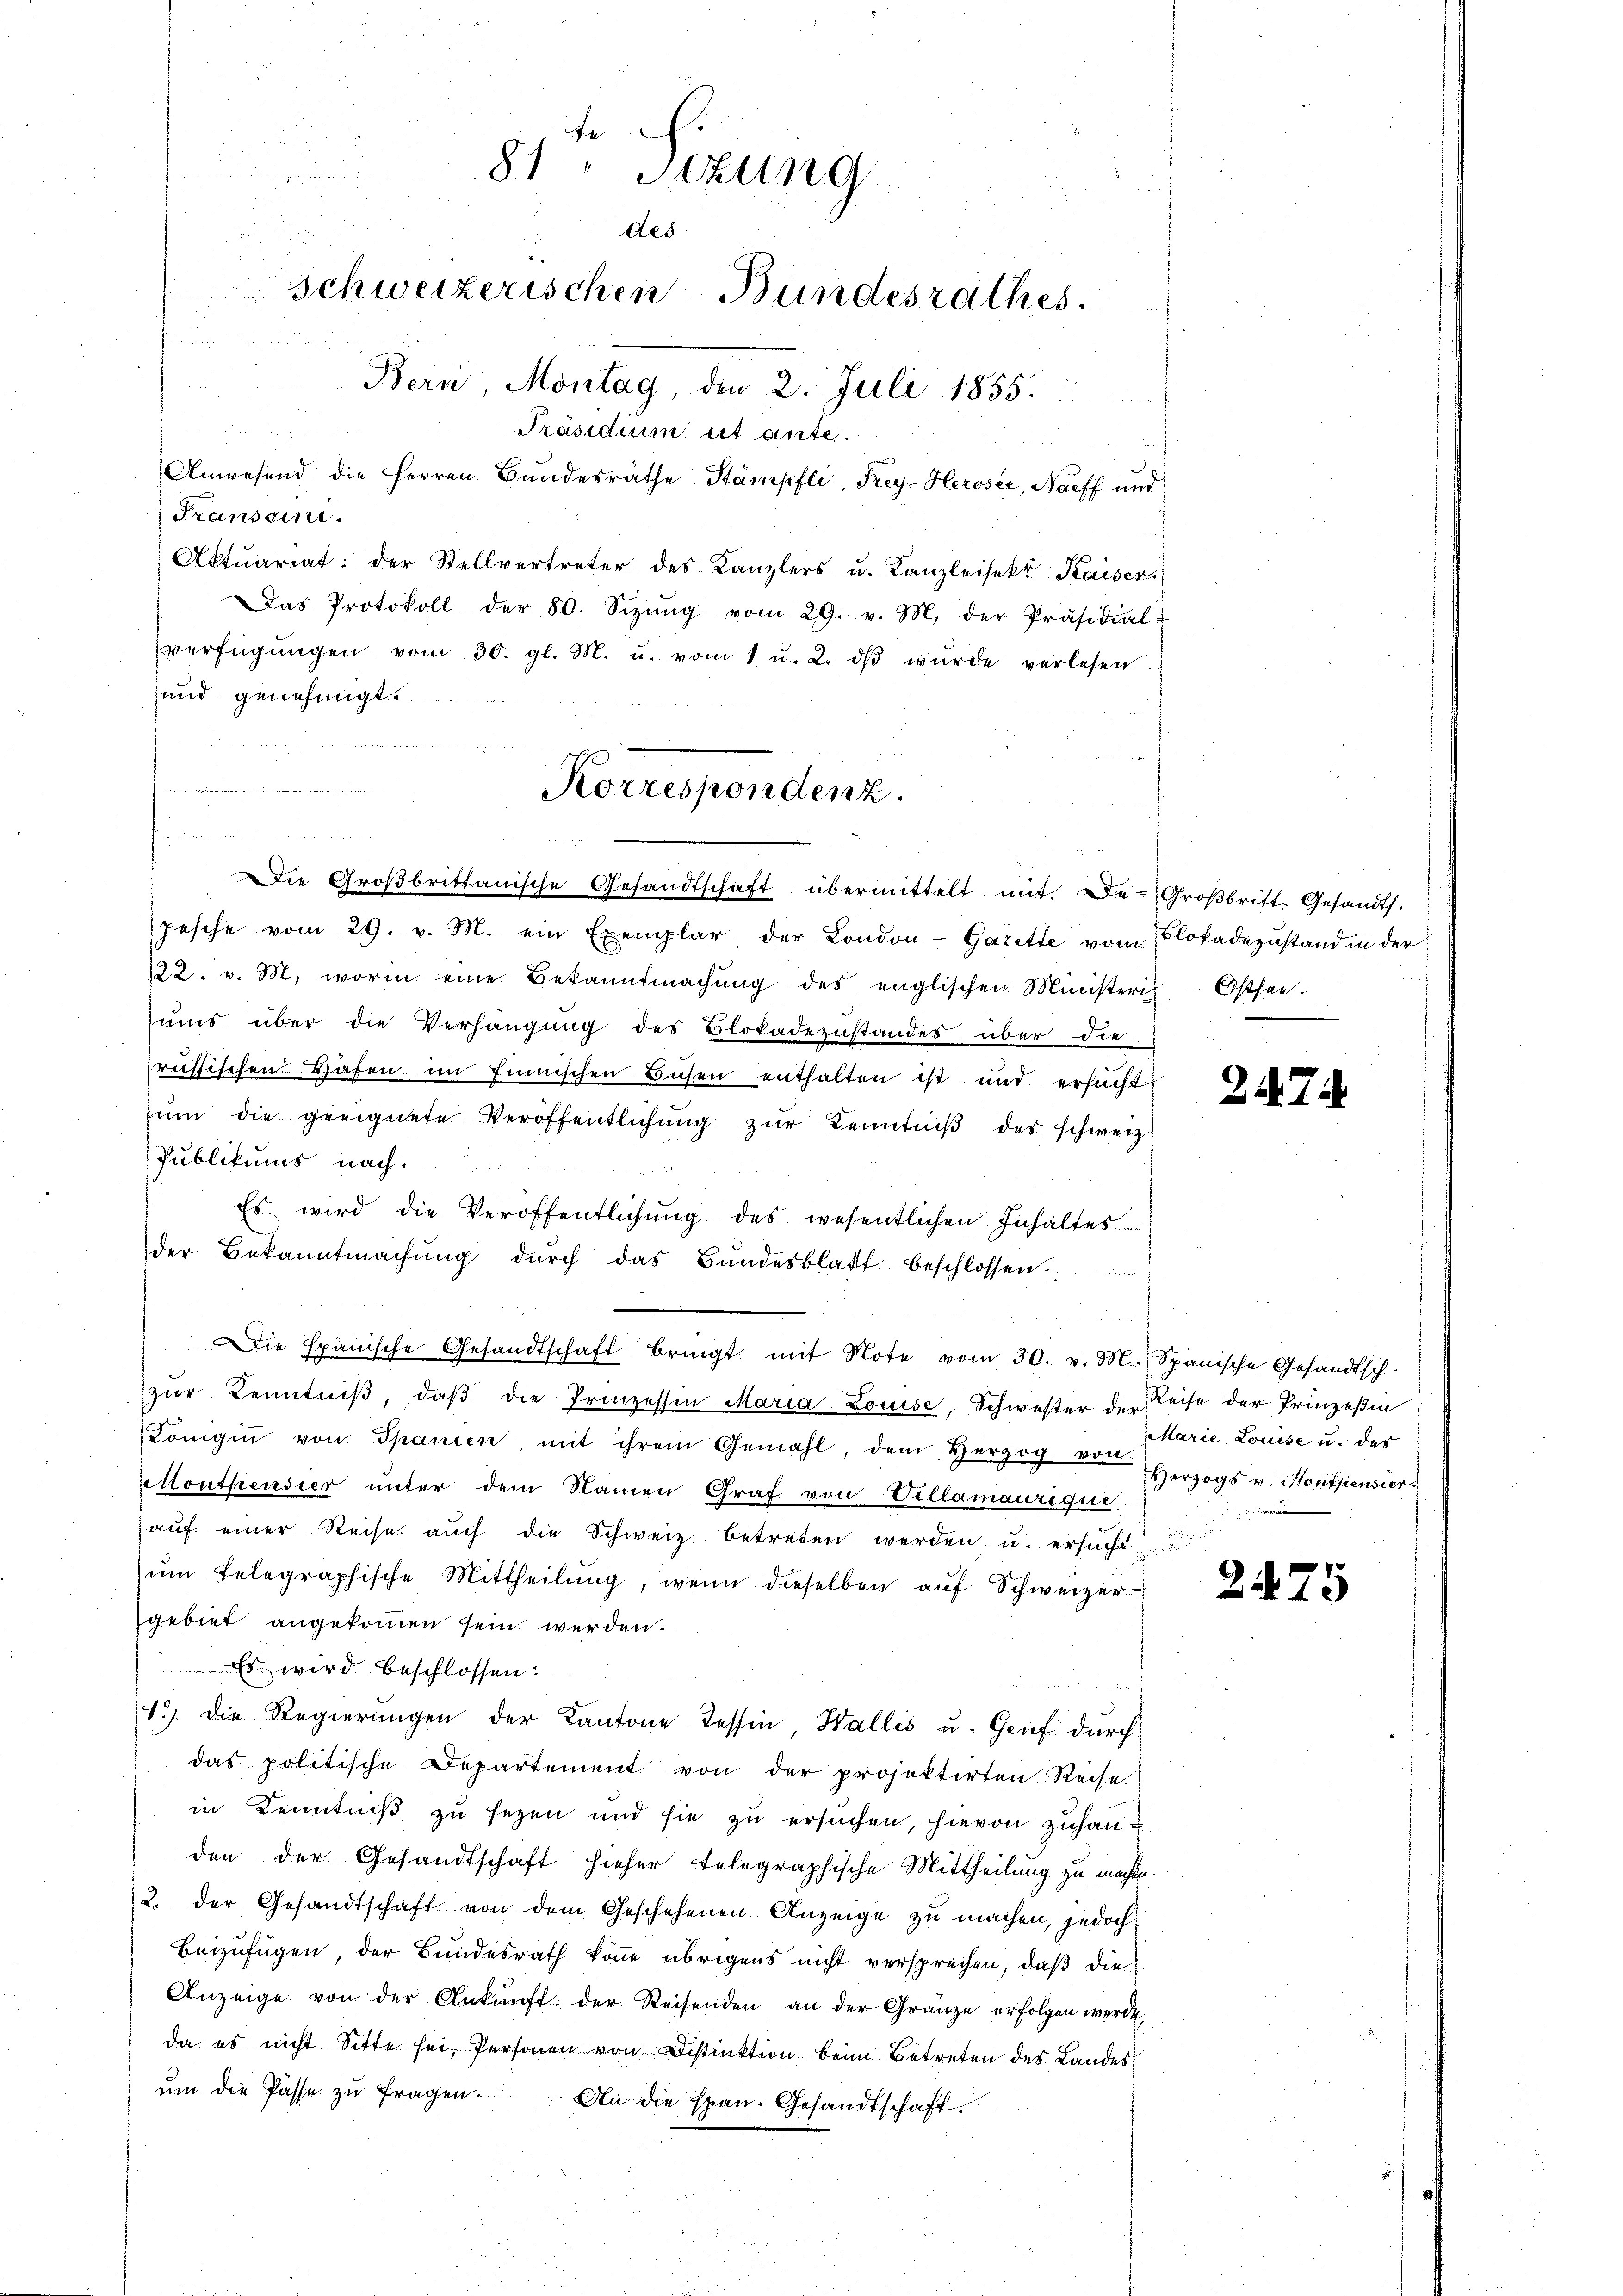
te
81 " Stzung
des
Schweizerischen Bundesrathes.
Bern, Montag, den 2. Juli 1855.
Präsidium et ante.
Anwesend die Herren Bundesräthe Stämpfli, Frey-Herosee, Naeff und

uund
Franseine
Aktuariat: der Stellvertreter des Kanzlers u. Kanzleisekt Kaiser
Das Protokoll der 80. Sizŭng vom 29. v. M. der Präsidial-
verfügŭngen vom 30. gl. M. u. vom 1 u. 2. dβ wŭrde verlesen
und genehmigt.

Korrespondenz.

Die Großbrittanische Gesandtschaft übermittelt mit. Der Großbritt, Gesandts.
pesche vom 29. v. M. ein Exemplar der London-Gazette vom
/22. v. M. worin eine Bekanntmachŭng des englischen Ministeris Ostsee
sums über die Verhängung des Blokadezustandes über die
russischen Hafen im Finnischen Busen enthalten ist und ersucht
zum die geeignete Veröffentlichung zur Kenntniß des schweiz.
Publikums nach:
Es wird die Veröffentlichŭng des wesentlichen Inhaltes
der Bekanntmachŭng dŭrch das Bŭndesblatt beschlossen.
Die Spanische Gesandtschaft bringt mit Note vom 30. v. M. Spanische Gesandtsch-
zŭr Kenntniß, daβ die Prinzessin Maria Louise, Schwester der Reise der Prinzeßin
Konigin von Spanien mit ihrem Gemahl, dem Herzog von
Monthensier unter dem Namen Graf von Villamaurigur.
auf einer Reise auch die Schweiz betreten werden u. ersucht-
ŭm telegraphische Mittheilŭng, wenn dieselben aŭf Schweizer-
gebiet angekommen sein werden.
s wird beschlossen:
1.) Die Regierŭngen der Kantone Tessin, Wallis u. Genf durch
das politische Departement von der projektirten Reise
in Kenntniß zu sezen und sie zu ersuchen, hievon zuhanden der Gesandtschaft hieher telegraphische Mittheilung zu machten.
2. der Gesandtschaft von dem Geschehenen Anzeige zu machen, jedoch
Beizufügen, der Bundesrath könne übrigens nicht versprechen, daß die
Anzeige von der Ankunft der Reisenden an der Gränze erfolgen werde
da es nicht Sitte sei, Personen von Distinktion beim Betreten des Landes
ŭm die Pässe zŭ fragen. An die Epan. Gesandtschaft.

Blofadezustand in der

.

27

Marie Louise u. das
Herzogs v. Montpensier

2475